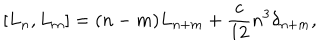
LaTeX: [ L _ { n } , L _ { m } ] = ( n - m ) L _ { n + m } + { \frac { c } { 1 2 } } n ^ { 3 } \delta _ { n + m } ,